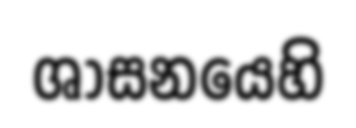
ශාසනයෙහි